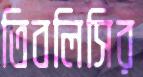
তিবলিসির